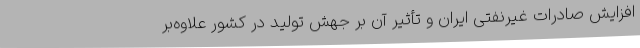
افزایش صادرات غیرنفتی ایران و تأثیر آن بر جهش تولید در کشور علاوه‌بر